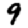
Digit: 9